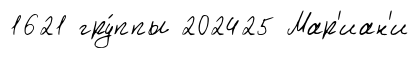
1621 гру́ппы 202425 Мар'иан'и